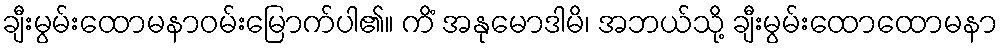
ချီးမွမ်းထောမနာဝမ်းမြောက်ပါ၏။ ကိံ အနုမောဒါမိ၊ အဘယ်သို့ ချီးမွမ်းထောထောမနာ